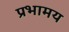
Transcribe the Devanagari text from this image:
प्रभामय